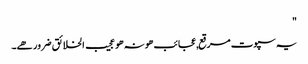
"
یہ سپوت مرقع,عجائب ھو نہ ھو عجیب الخلائق ضرور ھے۔